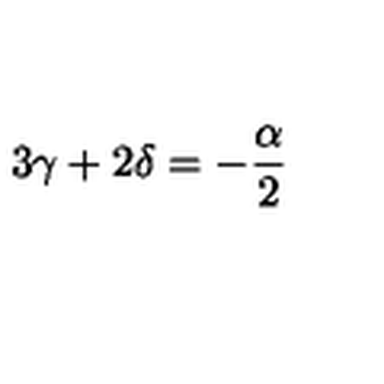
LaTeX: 3 \gamma + 2 \delta = - \frac { \alpha } { 2 }